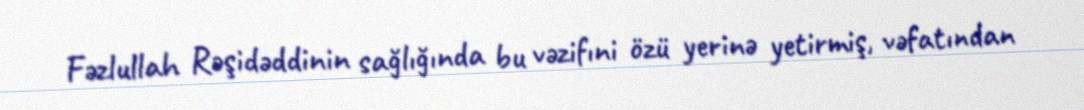
Fəzlullah Rəşidəddinin sağlığında bu vəzifıni özü yerinə yetirmiş, vəfatından